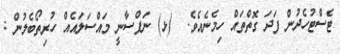
ޓެސްޓުހެދުން ފަދަ ގޮތްތައް ހިމެނެއެވެ.  (ޅ) ނަފްސާނީ މައްސަލައެއް ހުރިތޯބެލުން :